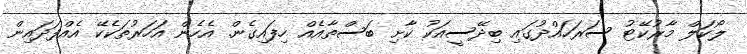
ލޯކަލް މާރުކޭޓު ސަރަހައްދުގައި ބިދޭސީއަކު ކާށި ބަސްތާއެއް ހިފައިގެން. އެހެން އަހަރުތަކެކޭ އެއްފަދައިން